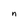
Character: n